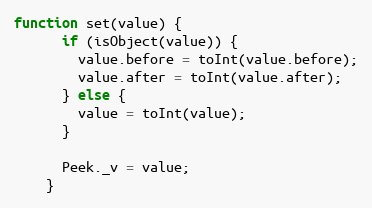
Language: JavaScript
function set(value) {
      if (isObject(value)) {
        value.before = toInt(value.before);
        value.after = toInt(value.after);
      } else {
        value = toInt(value);
      }

      Peek._v = value;
    }